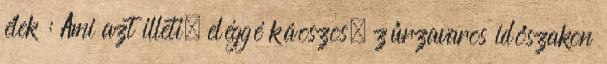
élek : Ami azt illeti, eléggé káoszos, zűrzavaros időszakon